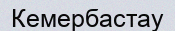
Кемербастау